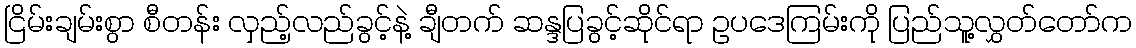
ငြိမ်းချမ်းစွာ စီတန်း လှည့်လည်ခွင့်နဲ့ ချီတက် ဆန္ဒပြခွင့်ဆိုင်ရာ ဥပဒေကြမ်းကို ပြည်သူ့လွှတ်တော်က